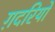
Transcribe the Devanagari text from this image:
ग़दरियों